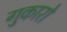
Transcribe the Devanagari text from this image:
गुकारो